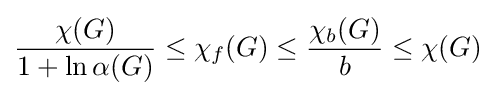
{\frac {\chi (G)}{1+\ln \alpha (G)}}\leq \chi _{f}(G)\leq {\frac {\chi _{b}(G)}{b}}\leq \chi (G)